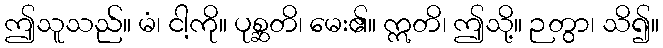
ဤသူသည်။ မံ၊ ငါ့ကို။ ပုစ္ဆတိ၊ မေး၏။ ဣတိ၊ ဤသို့။ ဉတွာ၊ သိ၍။